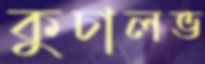
কুচালভ